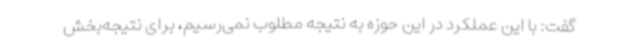
گفت: با این عملکرد در این حوزه به نتیجه مطلوب نمی‌رسیم، برای نتیجه‌بخش